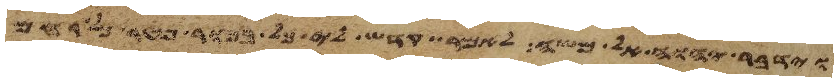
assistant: וידבר יהוה אל משה לאמר קדש לי כל בכור פטר כל רחם